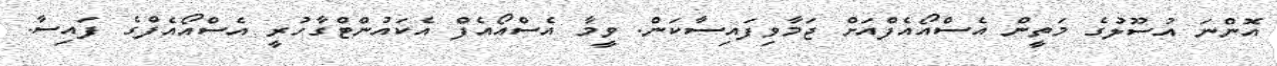
އޮންނަ އުސޫލުގެ މަތީން އެސްއޯއެފްއަށް ޖަމާވިފައިސާކަން. ވީމާ އެސްއޯއެފް އެކައުންޓްގާހުރީ އެސްއޯއެފްގެ ފައިސާ.